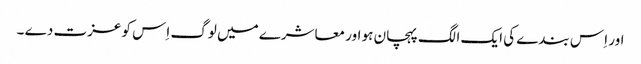
اور اِ س بندے کی ایک الگ پہچان ہو اور معاشرے میں لوگ اِس کو عزت دے ۔